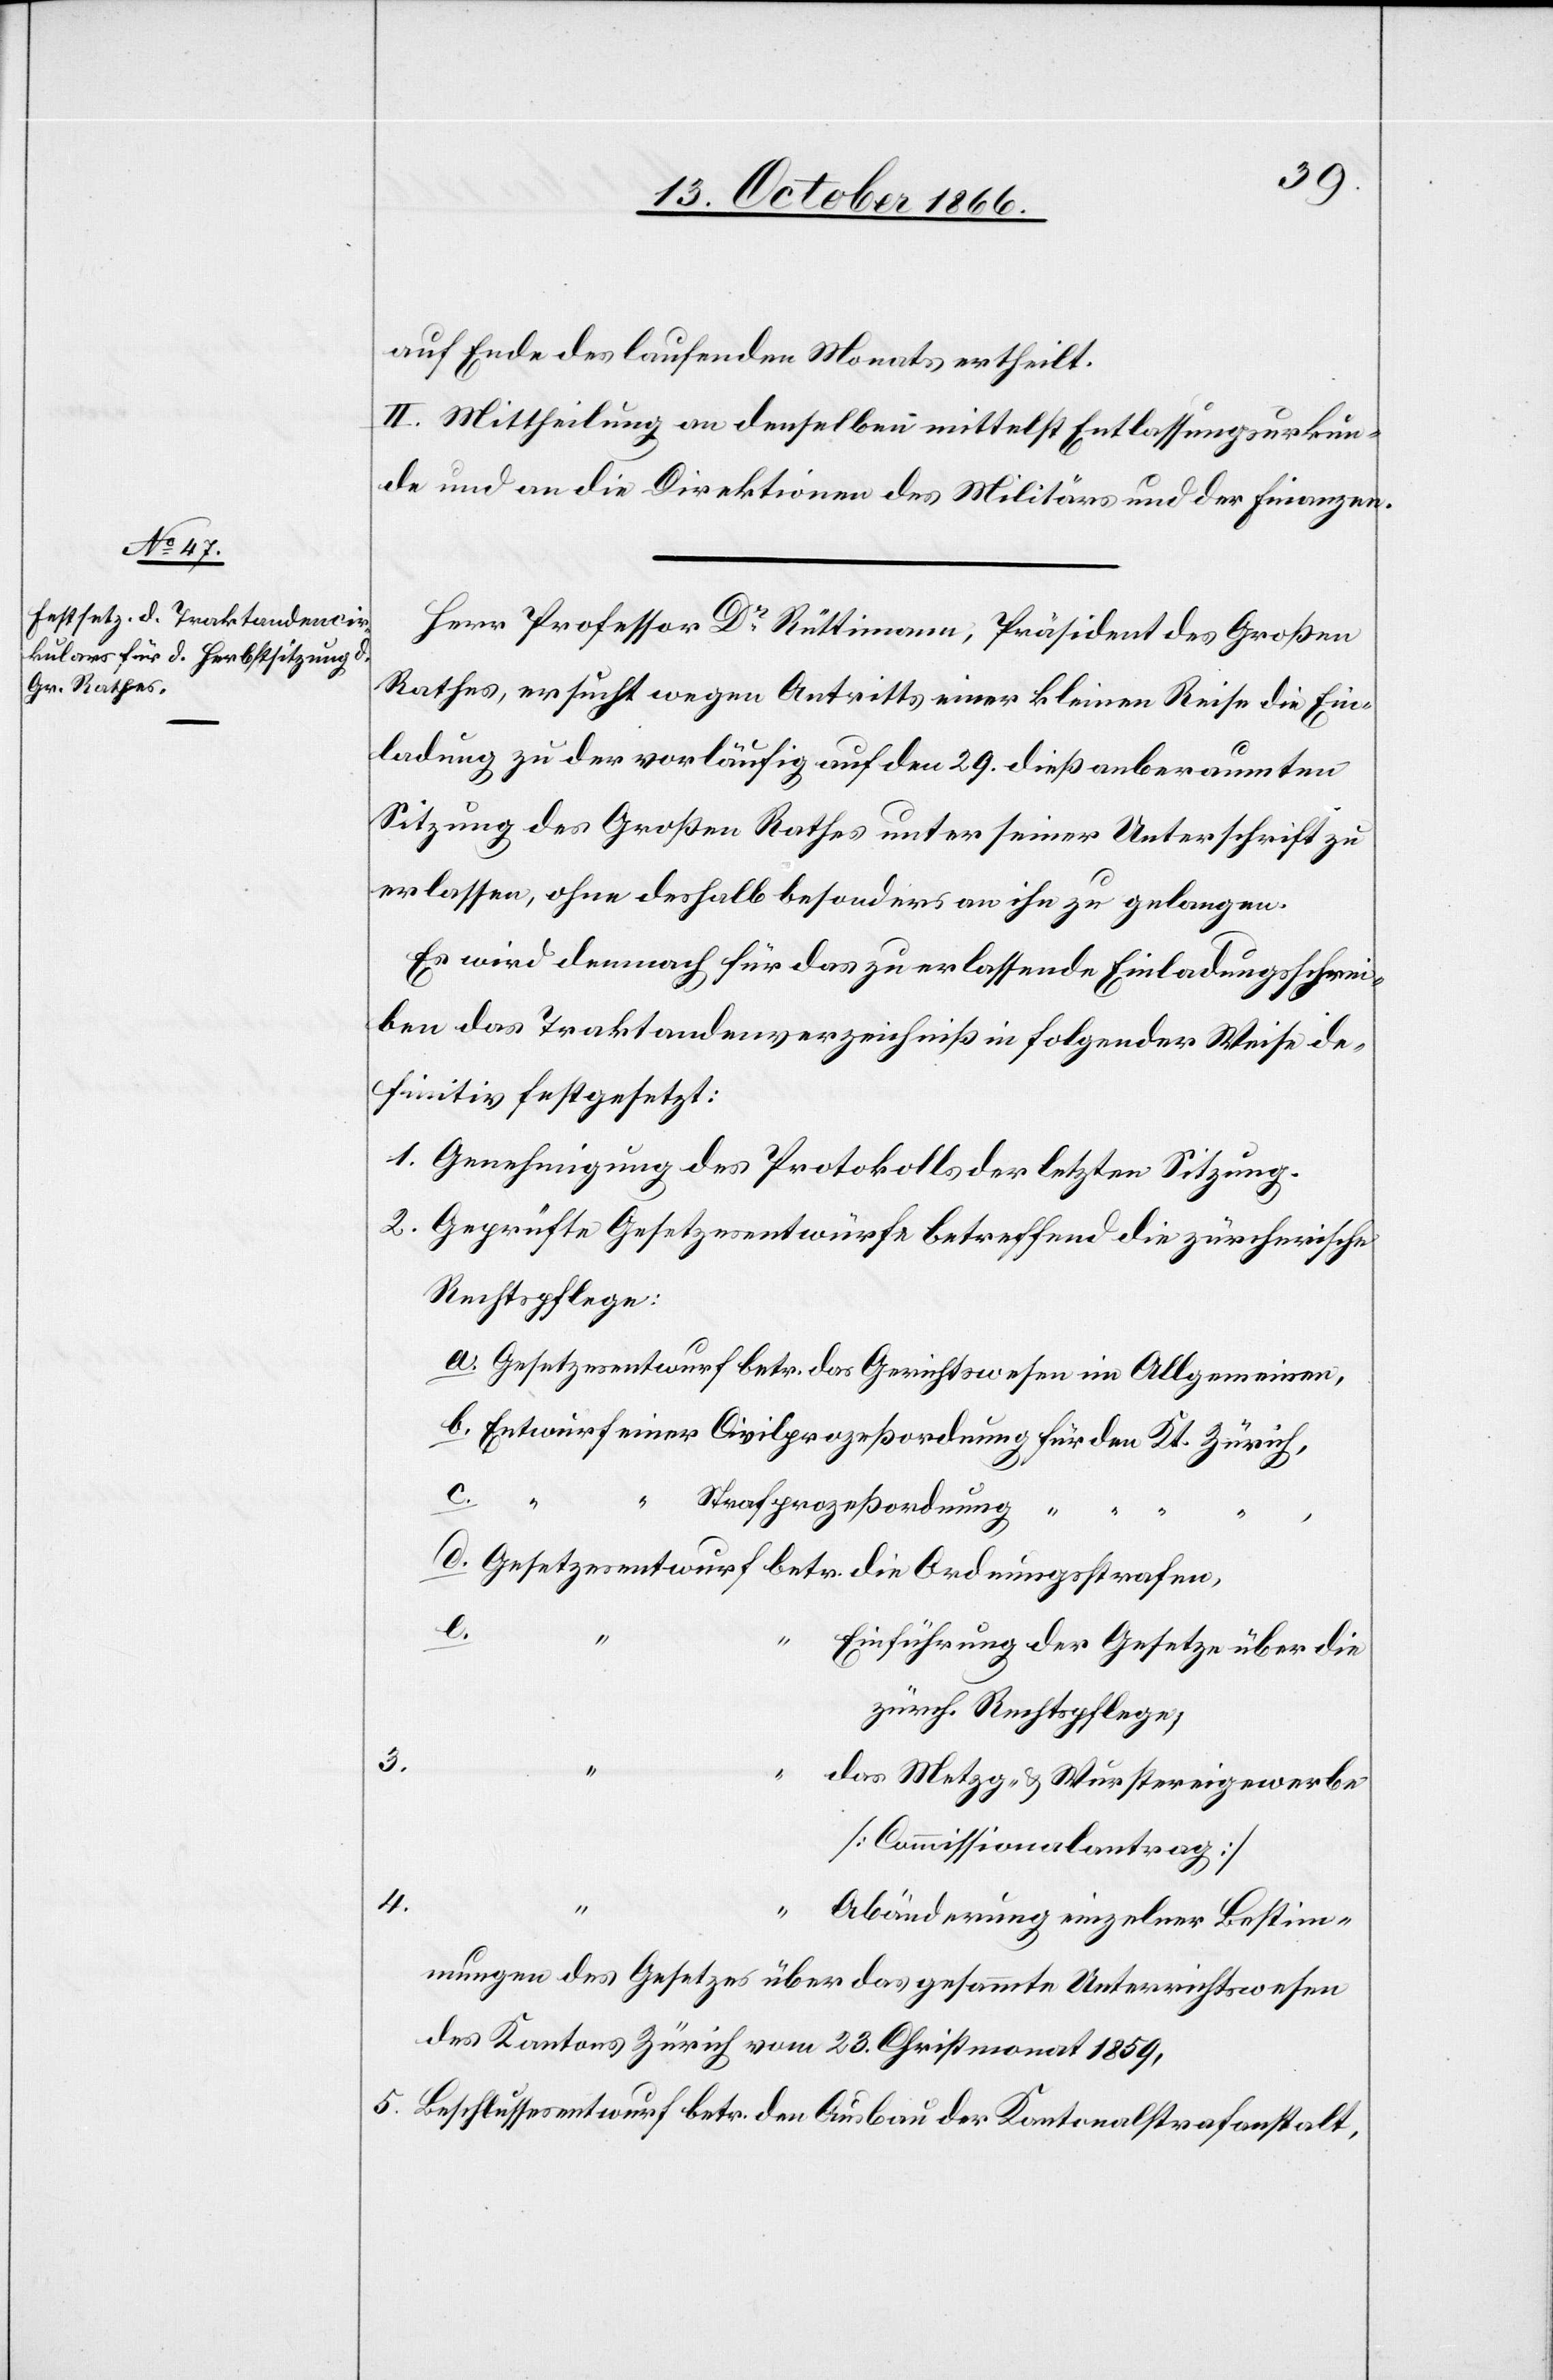
auf Ende des laufenden Monats ertheilt.
II. Mittheilung an denselben mittelst Entlassungsurkun¬
de und an die Direktionen des Militärs und der Finanzen.
Herr Professor Dr. Rüttimann, Präsident des Großen
Rathes, ersucht wegen Antritts einer kleinen Reise die Ein¬
ladung zu der vorläufig auf den 29. dieß anberaumten
Sitzung des Großen Rathes unter seiner Unterschrift zu
erlassen, ohne deshalb besonders an ihn zu gelangen.
Es wird demnach für das zu erlassende Einladungsschrei¬
ben das Traktandenverzeichniß in folgender Weise de¬
finitiv festgesetzt:
1. Genehmigung des Protokolls der letzten Sitzung.
2. Geprüfte Gesetzesentwürfe betreffend die zürcherische
Rechtspflege:
a. Gesetzesentwurf betr. das Gerichtswesen im Allgemeinen,
b. Entwurf einer Civilprozeßordnung für den Kt. Zürich,
c.
“
“
Strafprozeßordnung “
“
d. Gesetzesentwurf betr. die Ordnungsstrafen,
e.
“
Einführung der Gesetze über die
zürch. Rechtspflege,
3.
“
das Metzg- & Wurstereigewerbe
[Commissionalantrag]
4.
“
“
Abänderung einzelner Bestim¬
mungen des Gesetzes über das gesammte Unterrichtswesen
des Kantons Zürich vom 23. Christmonat 1859,
5. Beschlussesentwurf betr. den Ausbau der Kantonalstrafanstalt,